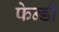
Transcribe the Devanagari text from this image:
फेन्डी